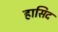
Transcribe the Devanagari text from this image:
हासिद